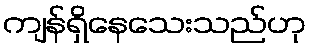
ကျန်ရှိနေသေးသည်ဟု